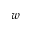
w